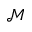
\mathcal { M }